65_HS1-834228961_62-HQ-83894_Section_5
Agency: FBI
Page 202
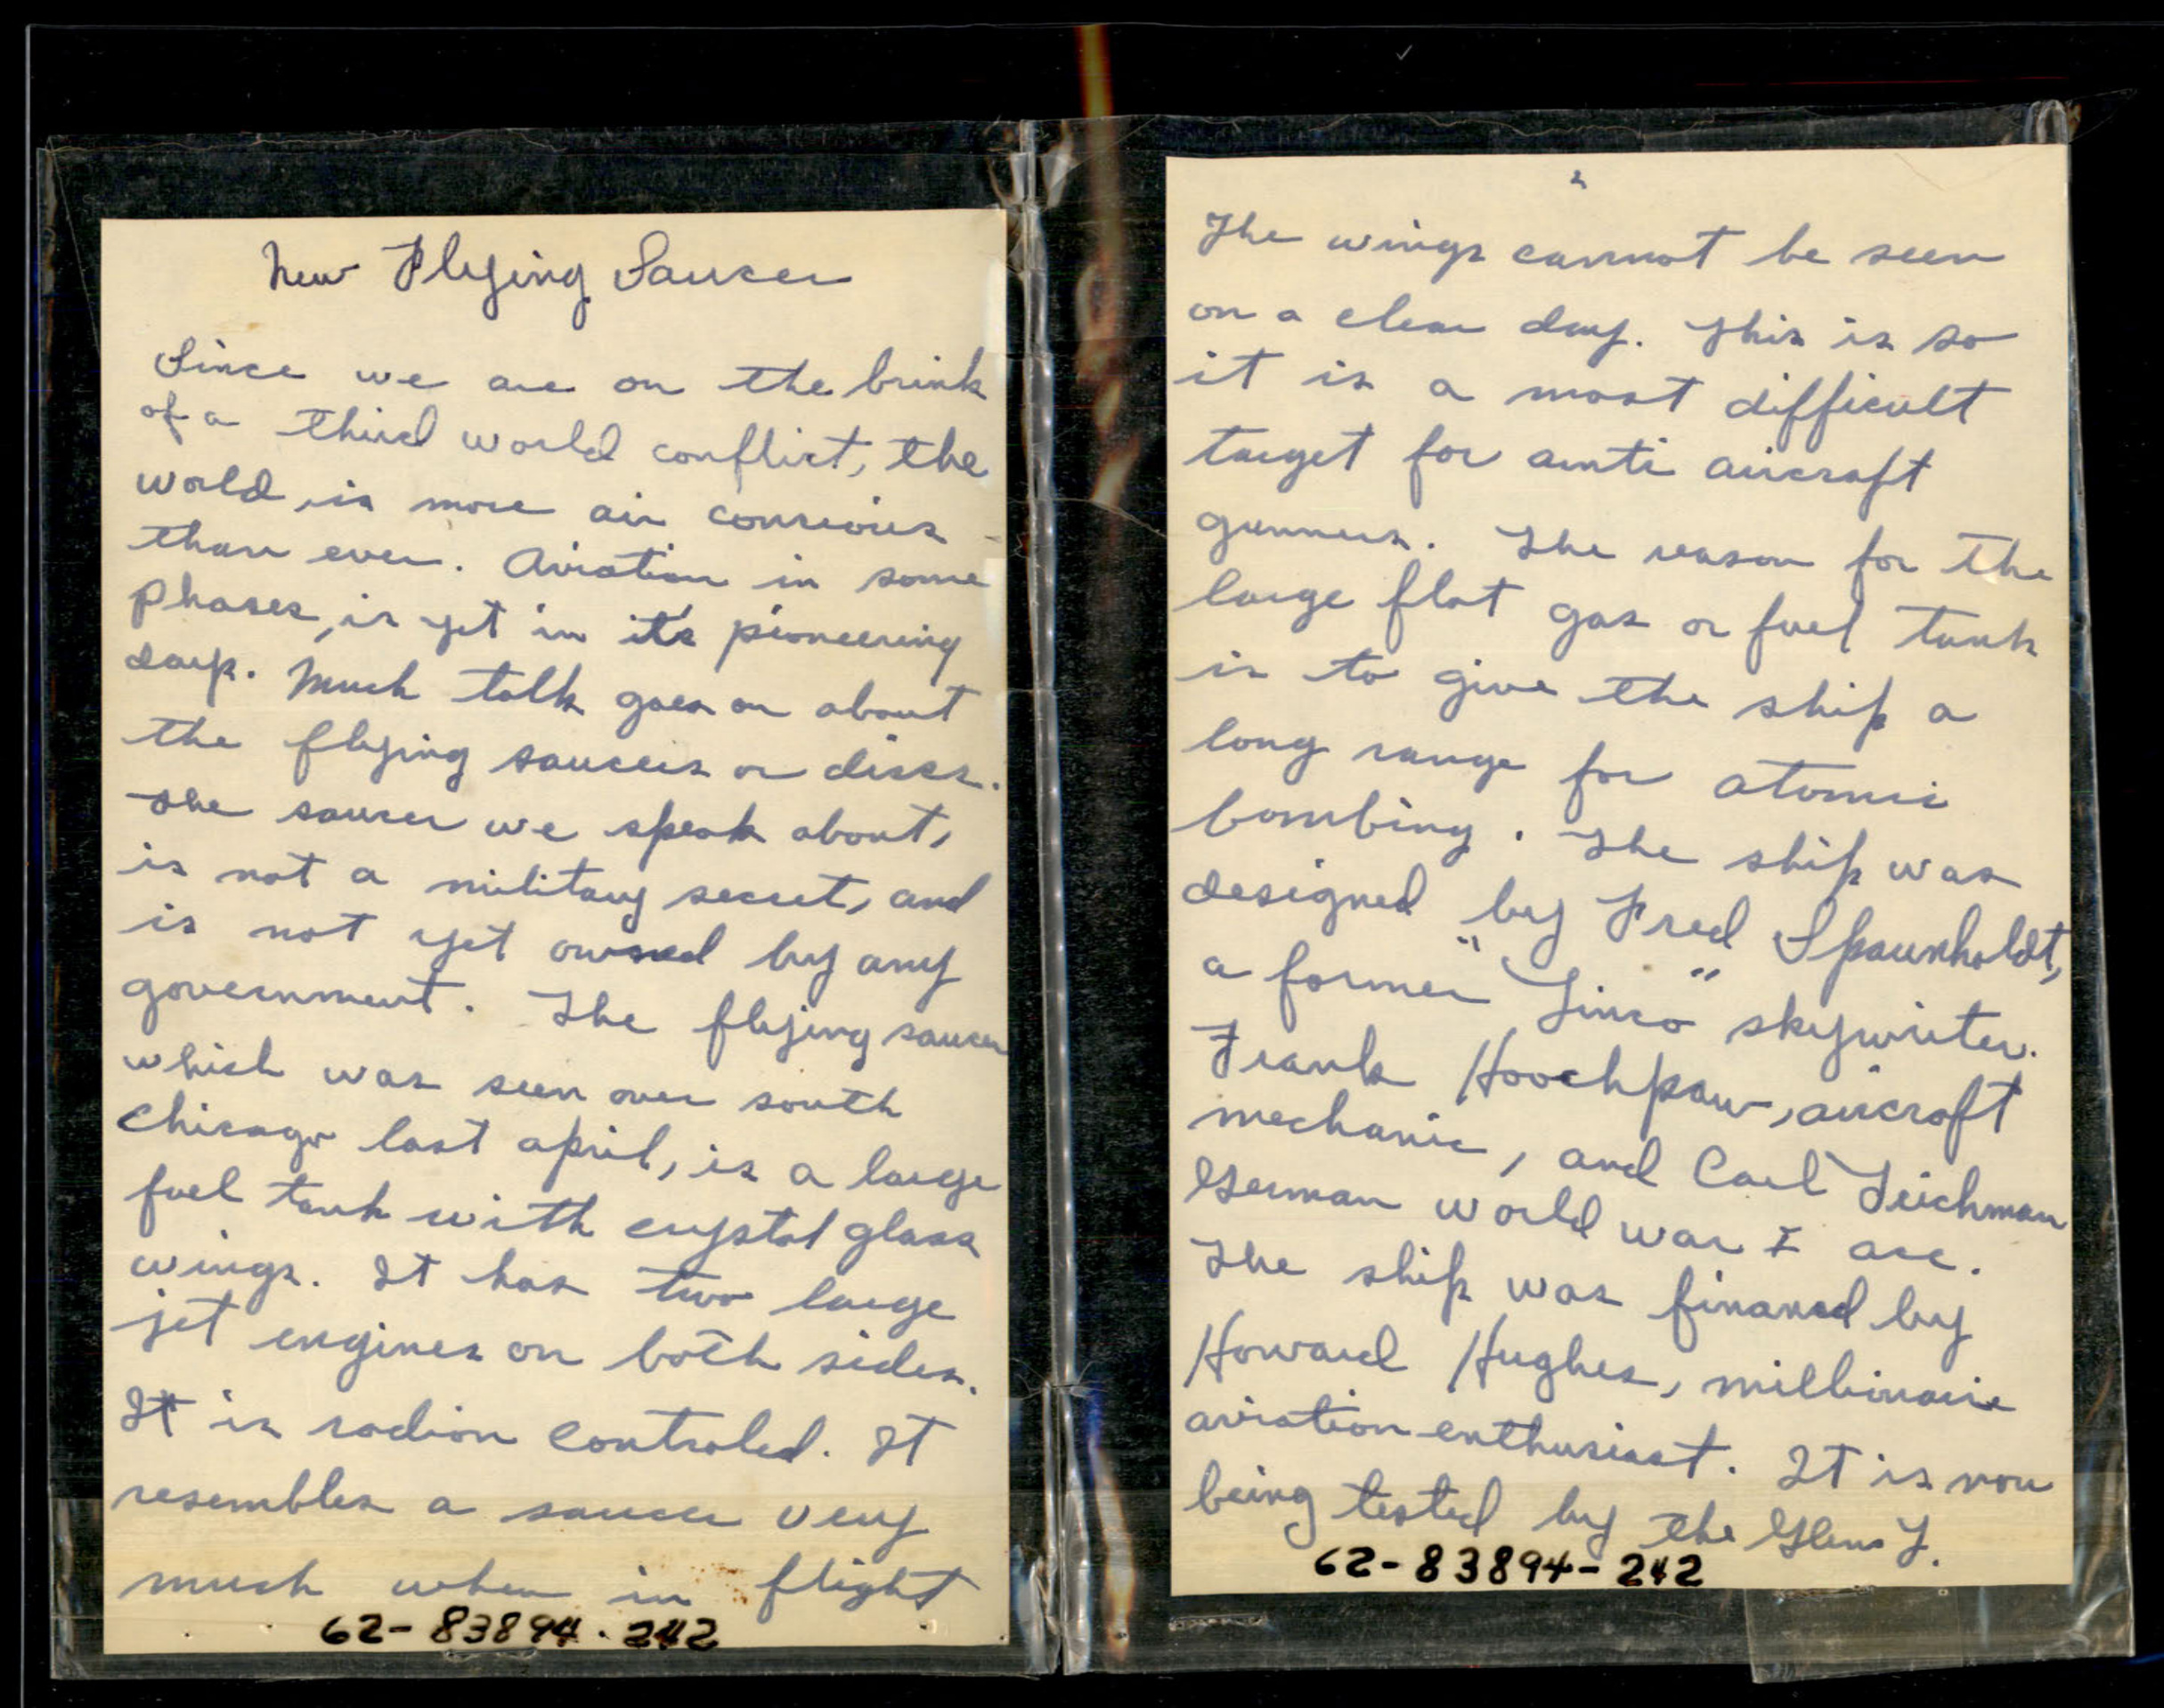